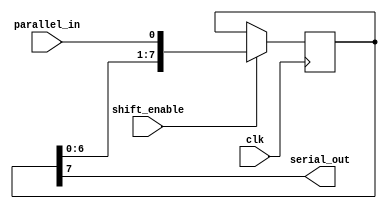
module parallel_in_serial_out_register(
    input wire clk,
    input wire parallel_in,
    input wire shift_enable,
    output reg serial_out
);

reg [7:0] reg_data;

always @(posedge clk) begin
    if (shift_enable) begin
        reg_data <= {reg_data[6:0], parallel_in};
    end
end

assign serial_out = reg_data[7];

endmodule